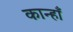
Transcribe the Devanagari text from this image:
कान्हाँ